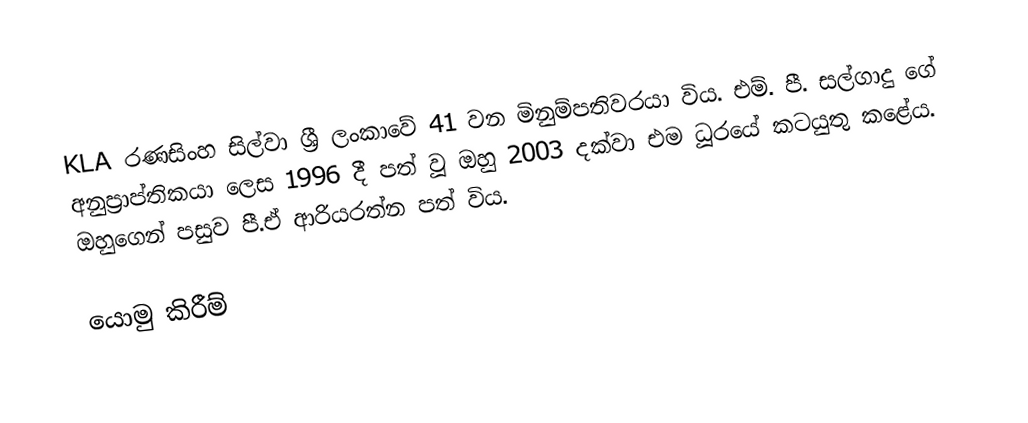
KLA රණසිංහ සිල්වා ශ්‍රී ලංකාවේ 41 වන මිනුම්පතිවරයා විය. එම්. පී. සල්ගාදු ගේ අනුප්‍රාප්තිකයා ලෙස 1996 දී පත් වූ ඔහු 2003 දක්වා එම ධූරයේ කටයුතු කළේය. ඔහුගෙන් පසුව පී.ඒ ආරියරත්න පත් විය.

යොමු කිරීම්